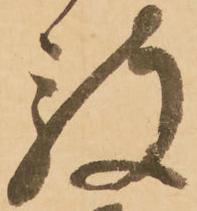
被